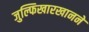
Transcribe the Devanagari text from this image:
जुल्फिखारखानने